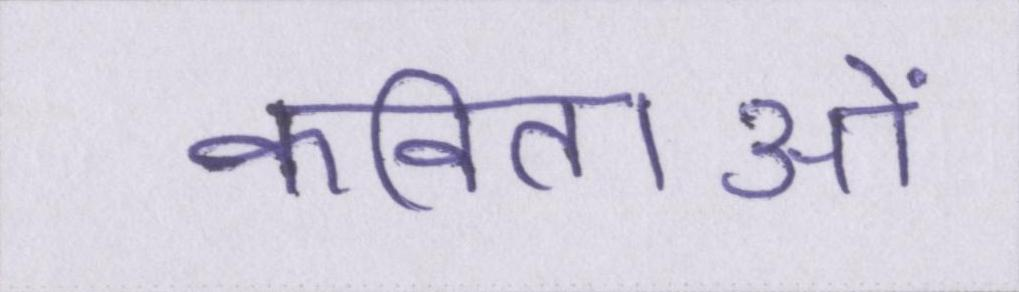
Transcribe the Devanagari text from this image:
कविताओं